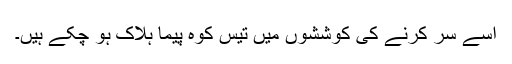
اسے سر کرنے کی کوششوں ميں تيس کوہ پيما ہلاک ہو چکے ہيں۔